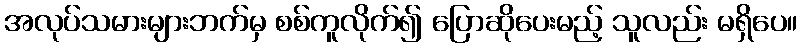
အလုပ်သမားများဘက်မှ စစ်ကူလိုက်၍ ပြောဆိုပေးမည့် သူလည်း မရှိပေ။